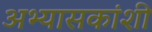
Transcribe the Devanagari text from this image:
अभ्यासकांशी